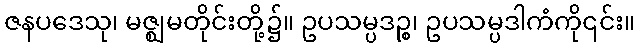
ဇနပဒေသု၊ မဇ္ဈမတိုင်းတို့၌။ ဥပသမ္ပဒဉ္စ၊ ဥပသမ္ပဒါကံကို၎င်း။